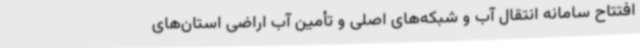
افتتاح سامانه انتقال آب و شبکه‌های اصلی و تأمین آب اراضی استان‌های